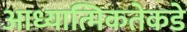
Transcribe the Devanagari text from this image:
आध्यात्मिकतेकडे